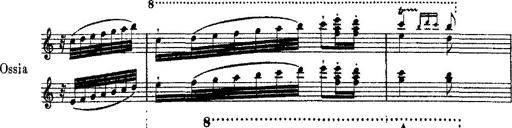
Title: Ã‰tudes d'exÃ©cution transcendante d'aprÃ¨s Paganini
Composer: Franz Liszt